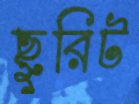
ছুরিট